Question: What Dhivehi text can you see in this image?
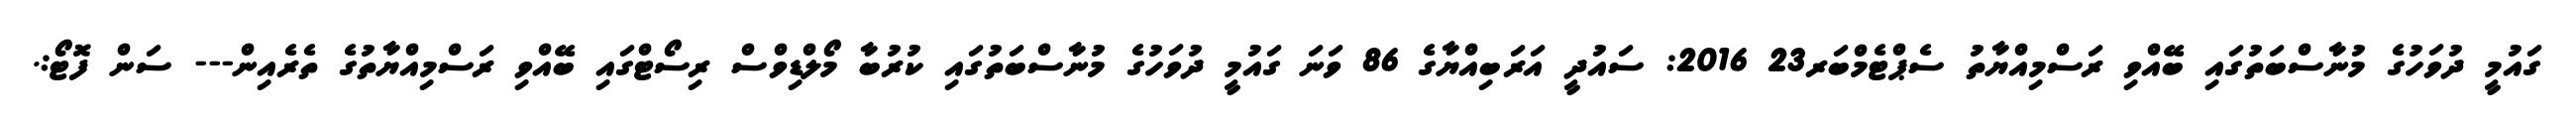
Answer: ގައުމީ ދުވަހުގެ މުނާސްބަތުގައި ބޭއްވި ރަސްމިއްޔާތު ސެޕްޓެމްބަރ23 2016: ސައުދީ އަރަބިއްޔާގެ 86 ވަނަ ގައުމީ ދުވަހުގެ މުނާސްބަތުގައި ކުރުބާ މޯލްޑިވްސް ރިސޯޓްގައި ބޭއްވި ރަސްމިއްޔާތުގެ ތެރެއިން--- ސަން ފޮޓޯ:.